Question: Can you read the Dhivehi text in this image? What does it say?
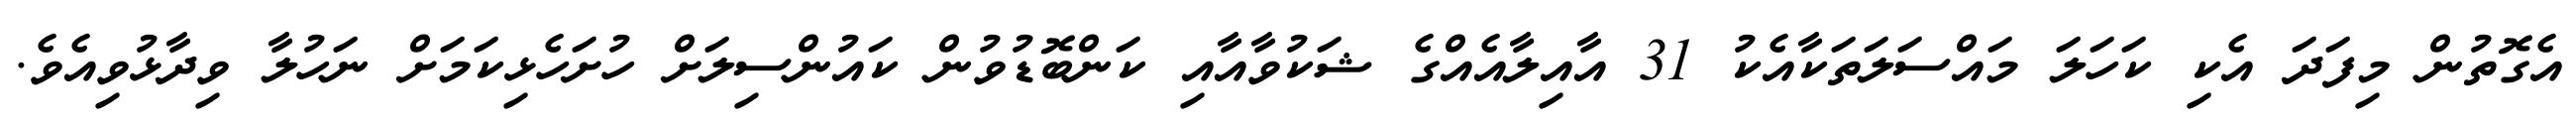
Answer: އެގޮތުން މިފަދަ އެކި ކަހަލަ މައްސަލަތަކާއެކު 31 އާއިލާއެއްގެ ޝަކުވާއާއި ކަންބޮޑުވުން ކައުންސިލަށް ހުށަހެޅިކަމަށް ނަހުލާ ވިދާޅުވިއެވެ.